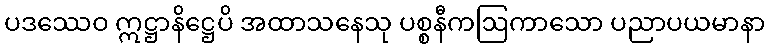
ပဒဿေဝ ဣဋ္ဌာနိဋ္ဌေပိ အထာသနေသု ပစ္စနီကဩကာသော ပညာပယမာနာ